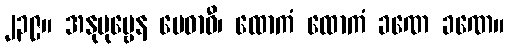
၂၃၉။ အနုပုဗ္ဗေန မေဓာဝီ၊ ထောကံ ထောကံ ခဏေ ခဏေ။